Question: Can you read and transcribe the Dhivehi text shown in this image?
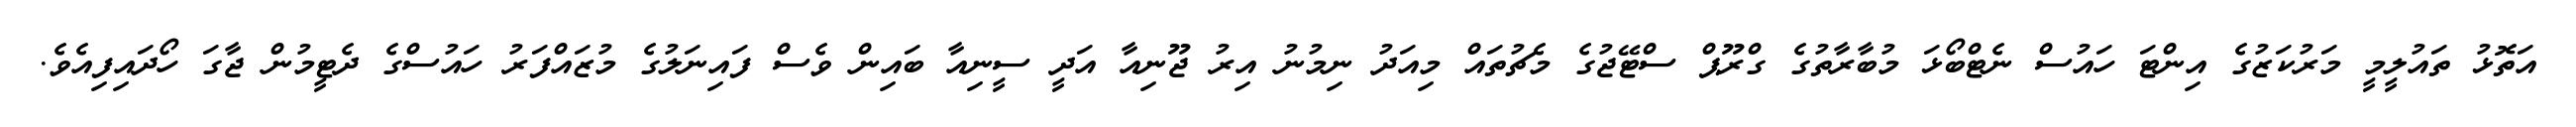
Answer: އަތޮޅު ތައުލީމީ މަރުކަޒުގެ އިންޓަ ހައުސް ނެޓްބޯޅަ މުބާރާތުގެ ގްރޫޕް ސްޓޭޖުގެ މެޗުތައް މިއަދު ނިމުނު އިރު ޖޫނިއާ އަދީ ސީނިއާ ބައިން ވެސް ފައިނަލުގެ މުޒައްފަރު ހައުސްގެ ދެޓީމުން ޖާގަ ހޯދައިފިއެވެ.